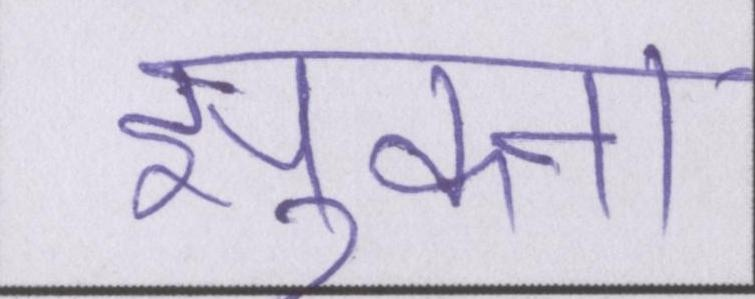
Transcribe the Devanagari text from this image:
झुकना